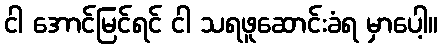
ငါ အောင်မြင်ရင် ငါ သရဖူဆောင်းခံရ မှာပေါ့။